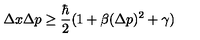
\Delta x \Delta p \ge \frac { \hbar } { 2 } ( 1 + \beta ( \Delta p ) ^ { 2 } + \gamma )